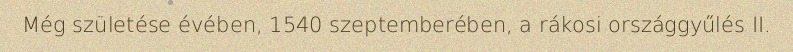
Még születése évében, 1540 szeptemberében, a rákosi országgyűlés II.